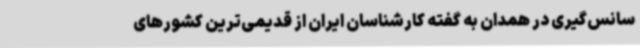
سانس‌گیری در همدان به گفته کارشناسان ایران از قدیمی‌ترین کشورهای